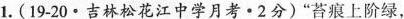
1.(19-20·吉林松花江中学月考·2分)”苔痕上阶绿，